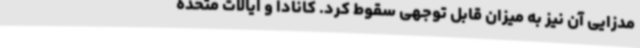
مدزایی آن نیز به میزان قابل توجهی سقوط کرد. کانادا و ایالات متحده